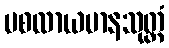
ပစလာယမာနသုတ္တံ